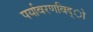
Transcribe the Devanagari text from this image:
पर्यावरणविद्ो